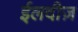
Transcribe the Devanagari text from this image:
ईलदीज़